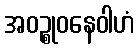
အဝဉ္စုဝနေဝါဟံ